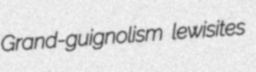
Grand-guignolism lewisites